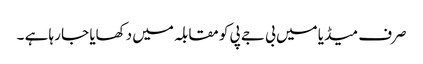
صرف میڈیا میں بی جے پی کو مقابلہ میں دکھایا جا رہا ہے ۔